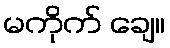
မကိုက် ချေ။